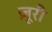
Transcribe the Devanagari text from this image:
ज़ूरी